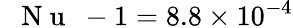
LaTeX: \mathrm{~\textit~{~N~u~}~}-1=8.8\times 10^{-4}